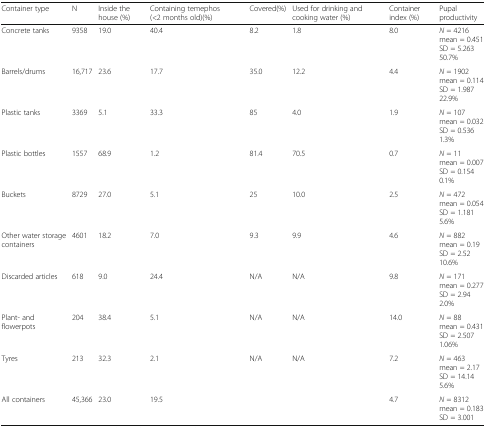
<table><thead><tr><td><b>Container type</b></td><td><b>N</b></td><td><b>Inside the house (%)</b></td><td><b>Containing temephos (&lt;2 months old)(%)</b></td><td><b>Covered(%)</b></td><td><b>Used for drinking and cooking water (%)</b></td><td><b>Container index (%)</b></td><td><b>Pupal productivity</b></td></tr></thead><tbody><tr><td>Concrete tanks</td><td>9358</td><td>19.0</td><td>40.4</td><td>8.2</td><td>1.8</td><td>8.0</td><td><i>N</i> = 4216mean = 0.451SD = 5.26350.7%</td></tr><tr><td>Barrels/drums</td><td>16,717</td><td>23.6</td><td>17.7</td><td>35.0</td><td>12.2</td><td>4.4</td><td><i>N</i> = 1902mean = 0.114SD = 1.98722.9%</td></tr><tr><td>Plastic tanks</td><td>3369</td><td>5.1</td><td>33.3</td><td>85</td><td>4.0</td><td>1.9</td><td><i>N</i> = 107mean = 0.032SD = 0.5361.3%</td></tr><tr><td>Plastic bottles</td><td>1557</td><td>68.9</td><td>1.2</td><td>81.4</td><td>70.5</td><td>0.7</td><td><i>N</i> = 11mean = 0.007SD = 0.1540.1%</td></tr><tr><td>Buckets</td><td>8729</td><td>27.0</td><td>5.1</td><td>25</td><td>10.0</td><td>2.5</td><td><i>N</i> = 472mean = 0.054SD = 1.1815.6%</td></tr><tr><td>Other water storage containers</td><td>4601</td><td>18.2</td><td>7.0</td><td>9.3</td><td>9.9</td><td>4.6</td><td><i>N</i> = 882mean = 0.19SD = 2.5210.6%</td></tr><tr><td>Discarded articles</td><td>618</td><td>9.0</td><td>24.4</td><td>N/A</td><td>N/A</td><td>9.8</td><td><i>N</i> = 171mean = 0.277SD = 2.942.0%</td></tr><tr><td>Plant- and flowerpots</td><td>204</td><td>38.4</td><td>5.1</td><td>N/A</td><td>N/A</td><td>14.0</td><td><i>N</i> = 88mean = 0.431SD = 2.5071.06%</td></tr><tr><td>Tyres</td><td>213</td><td>32.3</td><td>2.1</td><td>N/A</td><td>N/A</td><td>7.2</td><td><i>N</i> = 463mean = 2.17SD = 14.145.6%</td></tr><tr><td>All containers</td><td>45,366</td><td>23.0</td><td>19.5</td><td></td><td></td><td>4.7</td><td><i>N</i> = 8312mean = 0.183SD = 3.001</td></tr></tbody></table>